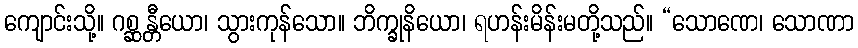
ကျောင်းသို့။ ဂစ္ဆန္တီယော၊ သွားကုန်သော။ ဘိက္ခုနိယော၊ ရဟန်းမိန်းမတို့သည်။ “သောဏေ၊ သောဏာ